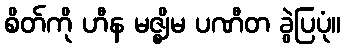
စိတ်ကို ဟီန မဇ္ဈိမ ပဏီတ ခွဲပြပုံ။